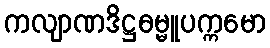
ကလျာဏဒိဋ္ဌဓမ္မူပက္ကမော